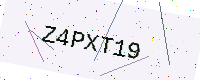
Text: Z4PXT19